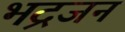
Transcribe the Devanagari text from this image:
भद्रजन